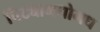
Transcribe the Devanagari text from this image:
पिट्यामधोमध